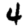
Digit: 4